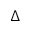
\Delta